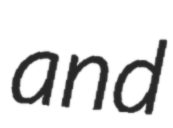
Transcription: and